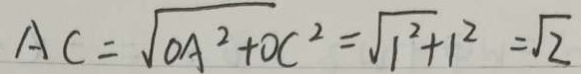
A C = \sqrt { O A ^ { 2 } + O C ^ { 2 } } = \sqrt { 1 ^ { 2 } + 1 ^ { 2 } } = \sqrt { 2 }